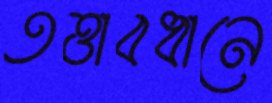
তত্তাবধানে